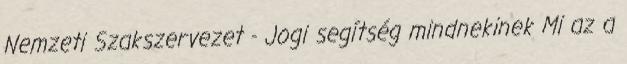
Nemzeti Szakszervezet - Jogi segítség mindnekinek Mi az a